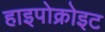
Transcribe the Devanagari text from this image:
हाइपोक्रोइट